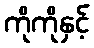
ကိုကိုနှင့်